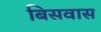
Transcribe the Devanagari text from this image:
बिसवास